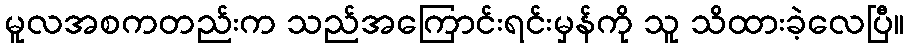
မူလအစကတည်းက သည်အကြောင်းရင်းမှန်ကို သူ သိထားခဲ့လေပြီ။